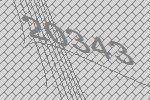
20343